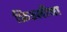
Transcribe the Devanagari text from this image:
फ्रिउलीचा